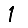
Digit: 1